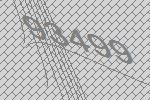
93499